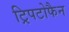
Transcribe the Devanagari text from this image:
ट्रिपटोफैन